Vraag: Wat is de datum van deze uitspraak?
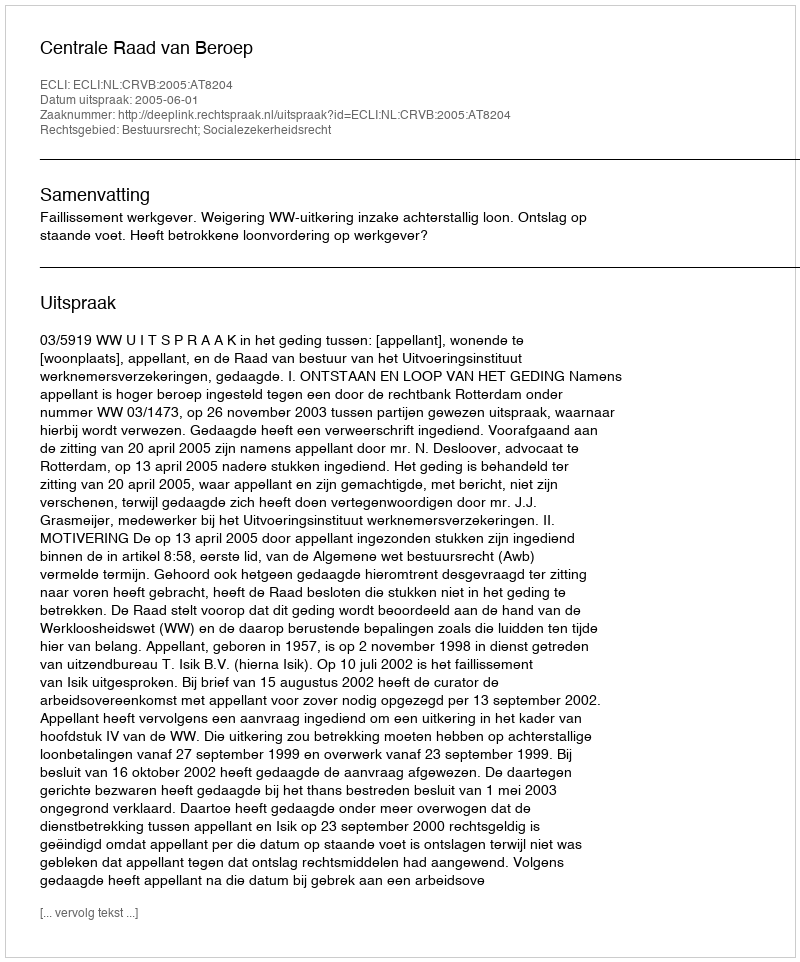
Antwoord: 2005-06-01